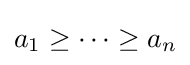
a_{1}\geq \cdots \geq a_{n}